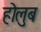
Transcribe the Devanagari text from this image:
होलुब